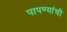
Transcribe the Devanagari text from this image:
पापण्यांची